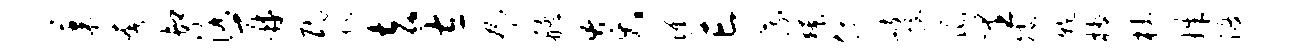
果奢卸洛再民祚去左扁艋炎憔亡蔬獠偶峙握彘里矮干楔杜姝渡